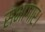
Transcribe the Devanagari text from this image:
सभागार।